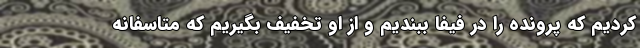
کردیم که پرونده را در فیفا ببندیم و از او تخفیف بگیریم که متاسفانه